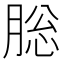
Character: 䶼